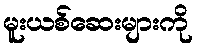
မူးယစ်ဆေးများကို